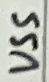
Text: VSS